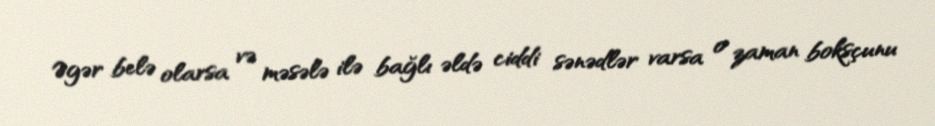
Əgər belə olarsa və məsələ ilə bağlı əldə ciddi sənədlər varsa o zaman boksçunu